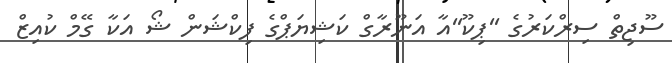
ސޫޖިތް ސިރްކަރުގެ ''ޕިކޫ''އާ އަނޫރާގް ކަޝިޔަޕްގެ ފިކްޝަން ޝޯ އަކާ ގޭމް ކުއިޒް